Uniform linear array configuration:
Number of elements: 8
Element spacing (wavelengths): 0.5
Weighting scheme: blackman
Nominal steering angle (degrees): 60
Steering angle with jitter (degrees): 61.196
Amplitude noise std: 0.05
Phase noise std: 0.05

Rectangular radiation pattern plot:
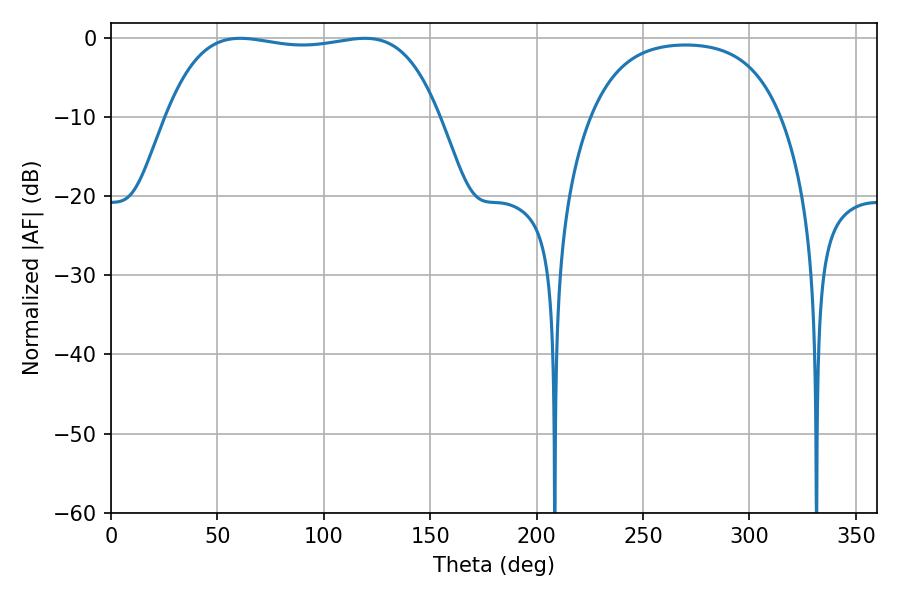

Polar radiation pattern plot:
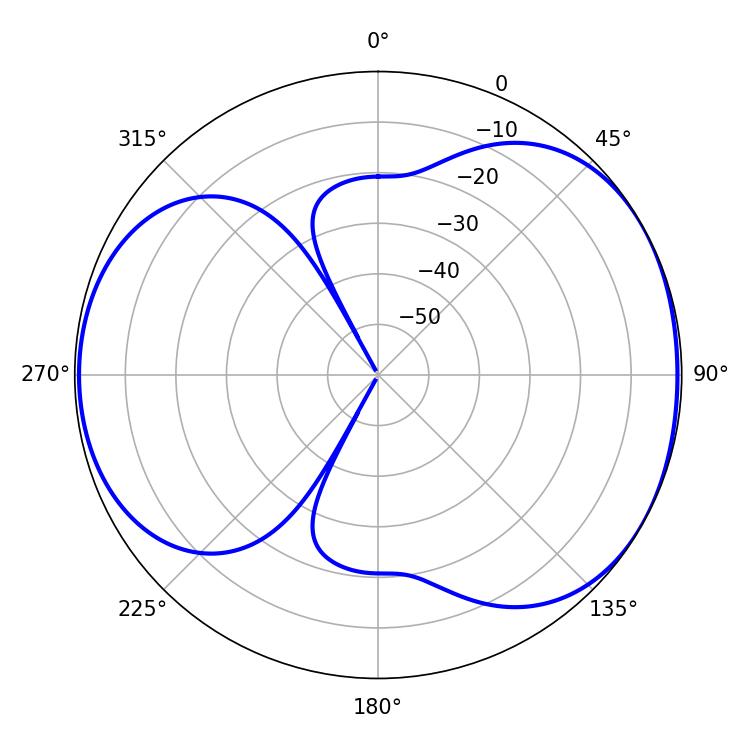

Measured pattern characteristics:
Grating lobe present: FALSE
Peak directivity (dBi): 4.996
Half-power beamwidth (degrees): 101.88
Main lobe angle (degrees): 60.66